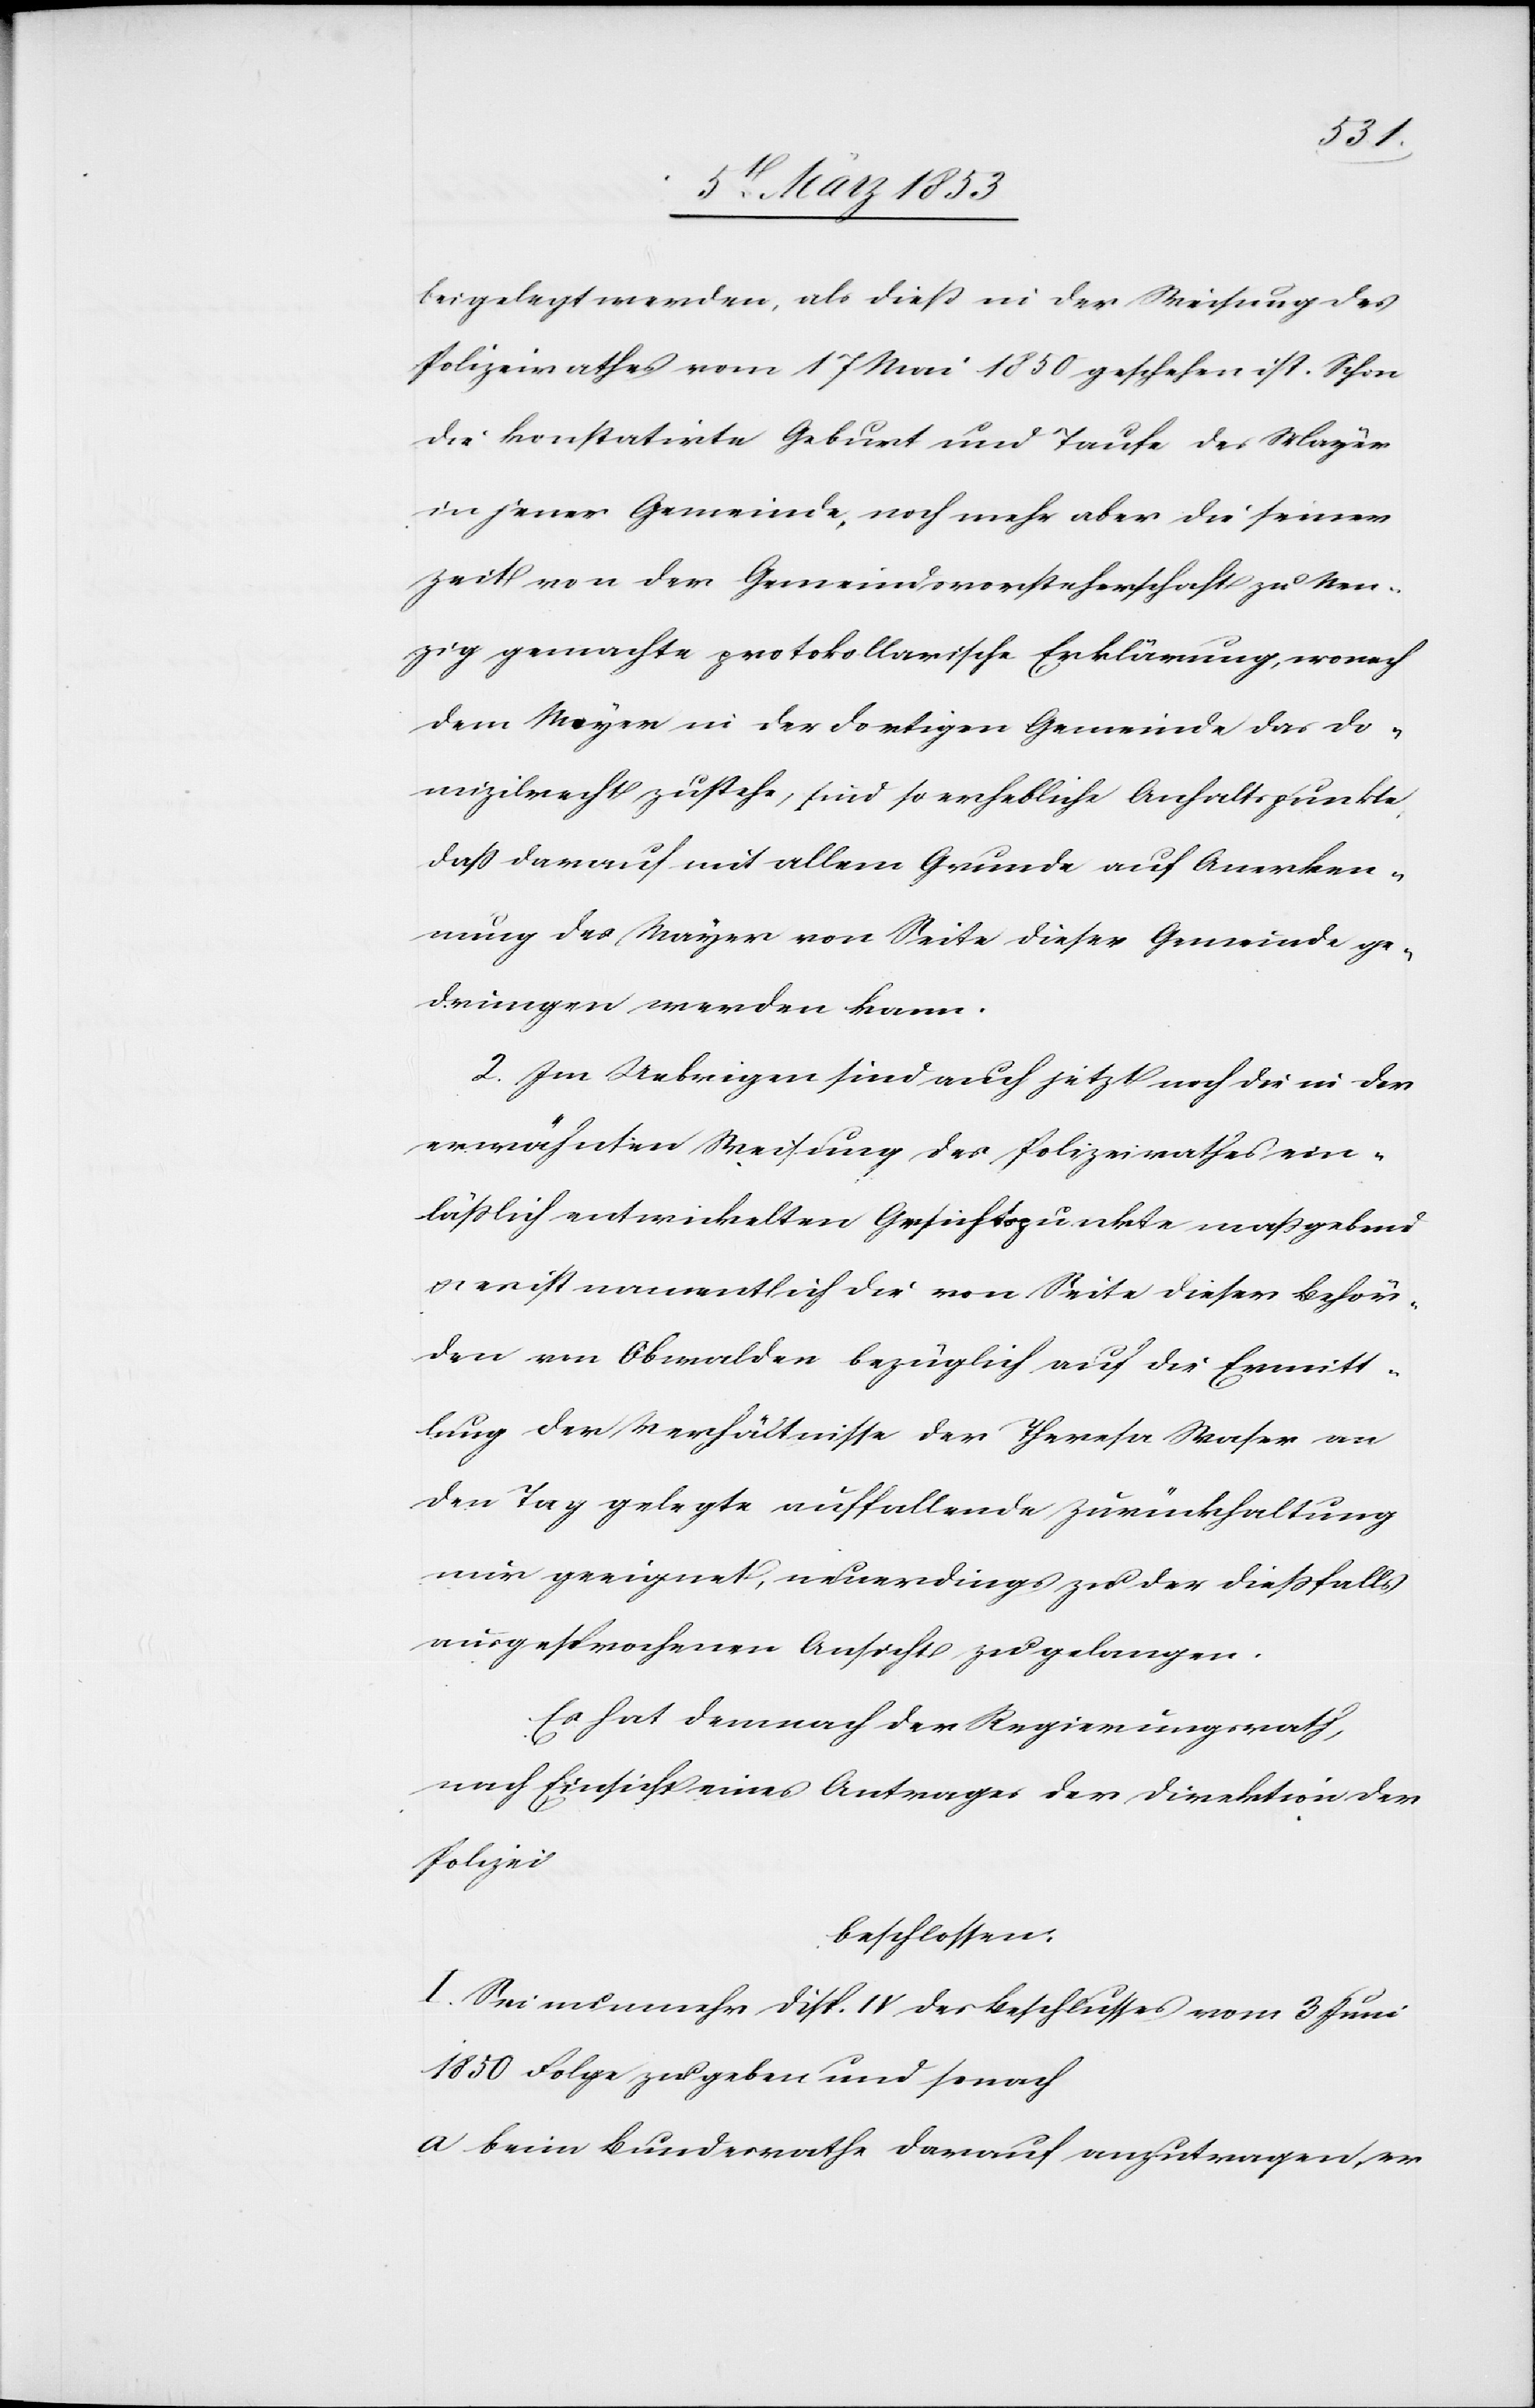
beigelegt werden, als dieß in der Weisung des
Polizeirathes vom 17 Mai 1850 geschehen ist. Schon
die konstatirte Geburt und Taufe des Mayer
in jener Gemeinde, noch mehr aber die seiner
Zeit von der Gemeindsvorsteherschaft zu Nen¬
zig gemachte protokollische Erklärung, wonach
dem Mayer in der dortigen Gemeinde das Do¬
mizilrecht zustehe, sind so erhebliche Anhaltspunkte
daß darauf mit allem Grunde auf Anerken¬
nung des Mayer von Seite dieser Gemeinde ge¬
drungen werden kann.
2. Im Uebrigen sind auch jetzt noch die in der
erwähnten Weisung des Polizeirathes ein¬
läßlich entwickelten Gesichtpunkte maßgebend
u. nicht namentlich die von Seite dieser Behör¬
den von Obwalden bezüglich auf die Ermitt¬
lung der Verhältnisse der Theresa Waser an
den Tag gelegte auffallende Zurückhaltung
nur geeignet, neuerdings zu der dießfalls
ausgesprochenen Ansicht zu gelangen.
Es hat demnach der Regierungsrath,
nach Einsicht eines Antrages der Direktion der
Polizei
beschlossen.
I. Sei aus nunmehr Disp. IV. des Beschlusses vom 3 Juni
1850 Folge zu geben und sonach
a. beim Bundesrathe darauf anzutragen, er